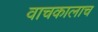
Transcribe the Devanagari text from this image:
वाचकालाच